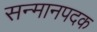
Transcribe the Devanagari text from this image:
सन्मानपदक